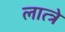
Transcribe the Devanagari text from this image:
लात्त्रे